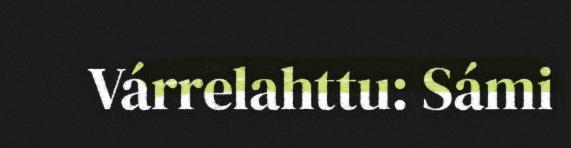
Várrelahttu: Sámi